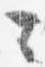
々